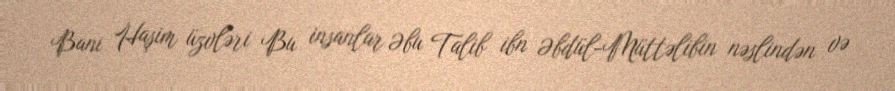
Bani Haşim üzvləri Bu insanlar Əbu Talib ibn Əbdül-Müttəlibin nəslindən və